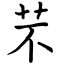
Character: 芣